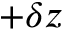
+ \delta z